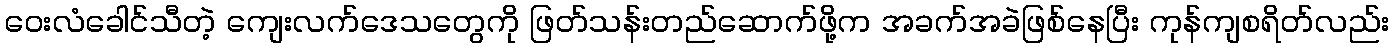
ဝေးလံခေါင်သီတဲ့ ကျေးလက်ဒေသတွေကို ဖြတ်သန်းတည်ဆောက်ဖို့က အခက်အခဲဖြစ်နေပြီး ကုန်ကျစရိတ်လည်း